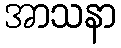
အာသနာ